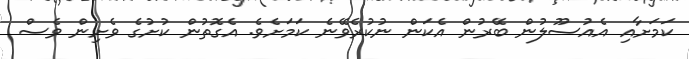
ކަމަށާއި އެއުސޫލުން ބޭރުން އެކަން ނުކުރެވޭނެ ކަމަށެވެ. އެގޮތުން ކުށުގެ ވެށިން ވެސް